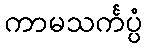
ကာမသင်္ကပ္ပံ